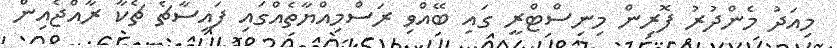
މިއަދު މެންދުރު ފޮރިން މިނިސްޓްރީ ގައި ބޭއްވި ރަސްމިއްޔާތެއްގައި ފައިސާޗެ ޗެކާ ރާއްޖެއިން